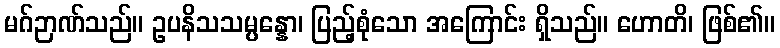
မဂ်ဉာဏ်သည်။ ဥပနိသသမ္ပန္နော၊ ပြည့်စုံသော အကြောင်း ရှိသည်။ ဟောတိ၊ ဖြစ်၏။